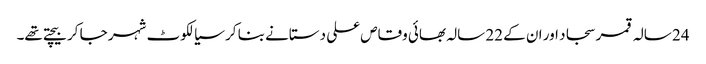
24 سالہ قمر سجاد اور ان کے 22 سالہ بھائی وقاص علی دستانے بنا کر سیالکوٹ شہر جا کر بیچتے تھے۔